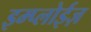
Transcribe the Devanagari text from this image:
इम्प्लोईज़